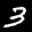
Label: 3